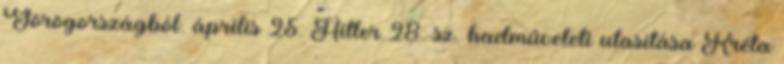
Görögországból. április 25. Hitler 28. sz. hadmûveleti utasítása Kréta